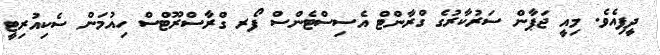
ދީފިއެވެ. މިއީ ޖަޕާން ސަރުކާރުގެ ގްރާންޓް އެސިސްޓެންސް ފޯރ ގްރާސްރޫޓްސް ހިއުމަން ސެކިއުރިޓީ